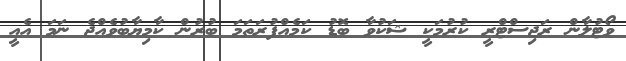
ވޯޓުލާން ރަޖިސްޓްރީ ކުރުމަކީ ޝަކުވާ ބޮޑު ކަމެއްފުރަތަމަ ބުރުން ކާމިޔާބުވެއްޖެ ނަމަ އެއީ